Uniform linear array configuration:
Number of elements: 32
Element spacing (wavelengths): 0.5
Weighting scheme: blackman
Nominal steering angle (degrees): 15
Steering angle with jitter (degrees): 15.107
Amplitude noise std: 0.05
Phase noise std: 0.05

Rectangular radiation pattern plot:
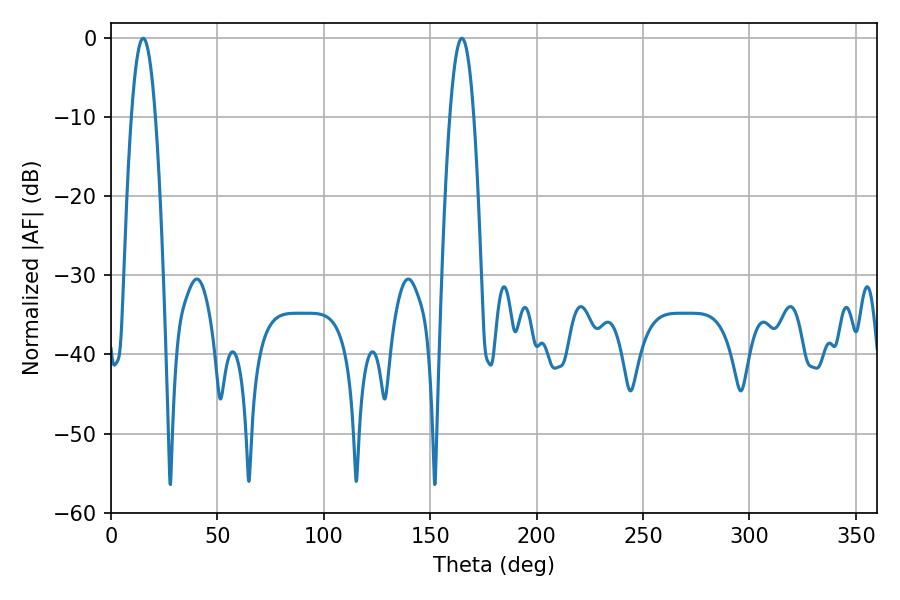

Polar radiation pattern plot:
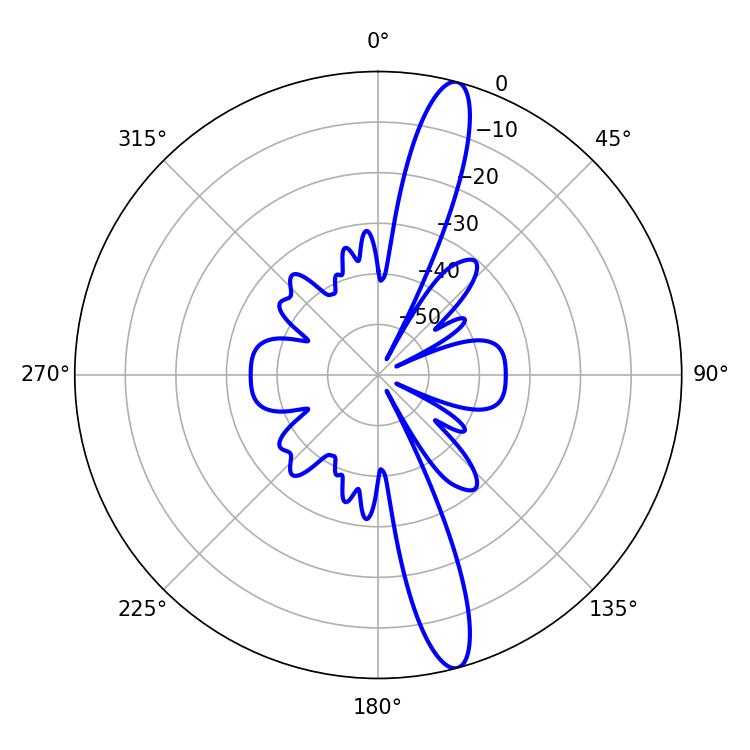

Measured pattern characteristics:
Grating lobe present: FALSE
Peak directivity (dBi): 15.153
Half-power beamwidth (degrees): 6.12
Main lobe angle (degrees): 15.12